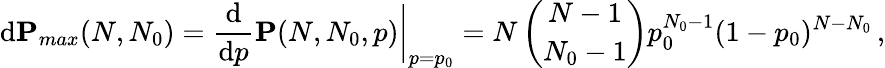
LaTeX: \mathrm{d}\mathbf{{P}}_{max}(N,N_{0})=\frac{{\mathrm{d}}}{{\mathrm{d}p}}\mathbf{{P}}(N,N_{0},p)\bigg|_{p=p_{0}}=N\, \binom{N-1}{N_{0}-1}p_{0}^{N_{0}-1}(1-p_{0})^{N-N_{0}}\, ,